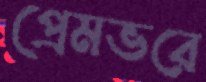
প্রেমভরে